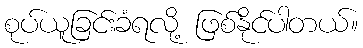
စုပ်ယူခြင်းခံရလို့ ဖြစ်နိုင်ပါတယ်။